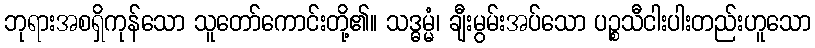
ဘုရားအစရှိကုန်သော သူတော်ကောင်းတို့၏။ သဒ္ဓမ္မံ၊ ချီးမွမ်းအပ်သော ပဉ္စသီငါးပါးတည်းဟူသော